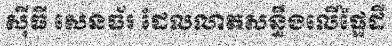
ស៊ីធី សេនធ័រ ដែលលាតសន្ធឹងលើផ្ទៃដី